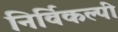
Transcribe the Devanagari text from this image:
निर्विकल्पी